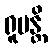
ရူပန္တိ